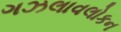
ગઝલાવલોકન